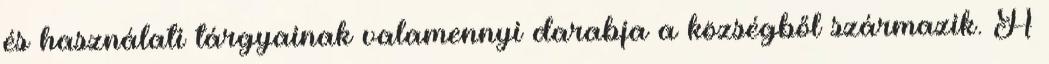
és használati tárgyainak valamennyi darabja a községből származik. A